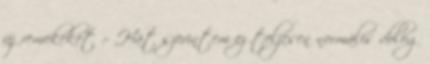
új remekeket :- Hát szerintem ez teljesen normális dolog